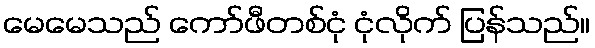
မေမေသည် ကော်ဖီတစ်ငုံ ငုံလိုက် ပြန်သည်။